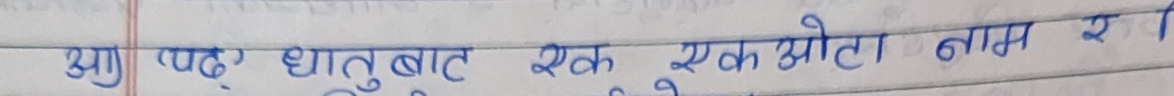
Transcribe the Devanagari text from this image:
आफ्ना धातुबाट एक एक झोटा नाम र